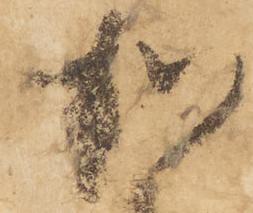
加